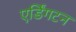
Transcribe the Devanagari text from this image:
एर्डिंगटन